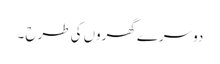
دوسرے گھروں کی طرح ۔